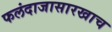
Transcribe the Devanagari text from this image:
फलंदाजासारखाच